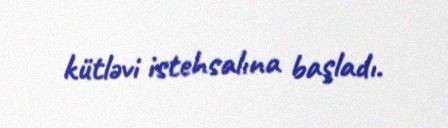
kütləvi istehsalına başladı.